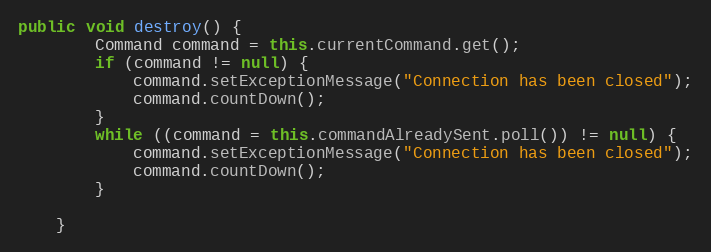
Language: Java
public void destroy() {
		Command command = this.currentCommand.get();
		if (command != null) {
			command.setExceptionMessage("Connection has been closed");
			command.countDown();
		}
		while ((command = this.commandAlreadySent.poll()) != null) {
			command.setExceptionMessage("Connection has been closed");
			command.countDown();
		}

	}